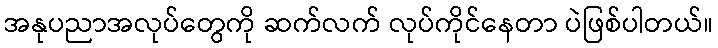
အနုပညာအလုပ်တွေကို ဆက်လက် လုပ်ကိုင်နေတာ ပဲဖြစ်ပါတယ်။